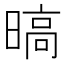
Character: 𣉞